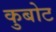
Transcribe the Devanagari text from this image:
कुबोट